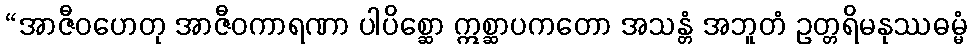
“အာဇီဝဟေတု အာဇီဝကာရဏာ ပါပိစ္ဆော ဣစ္ဆာပကတော အသန္တံ အဘူတံ ဥတ္တရိမနုဿဓမ္မံ